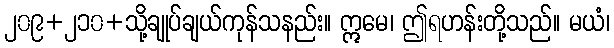
၂၀၉+၂၁၀+သို့ချုပ်ချယ်ကုန်သနည်း။ ဣမေ၊ ဤရဟန်းတို့သည်။ မယံ၊